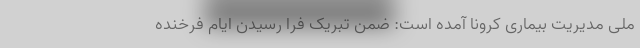
ملی مدیریت بیماری کرونا آمده است: ضمن تبریک فرا رسیدن ایام فرخنده